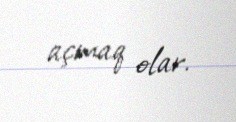
açmaq olar.